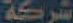
شركة